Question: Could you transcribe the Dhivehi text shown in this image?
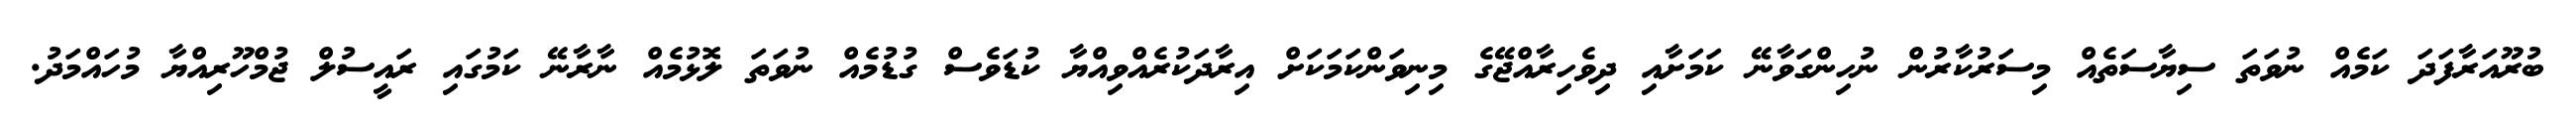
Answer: ބުރޫއަރާފަދަ ކަމެއް ނުވަތަ ސިޔާސަތެއް މިސަރުކާރުން ނުހިންގަވާނޭ ކަމަށާއި ދިވެހިރާއްޖޭގެ މިނިވަންކަމަކަށް އިރާދަކުރެއްވިއްޔާ ކުޑަވެސް ގުޑުމެއް ނުވަތަ ލޮޅުމެއް ނާރާނޭ ކަމުގައި ރައީސުލް ޖުމްހޫރިއްޔާ މުހައްމަދު.